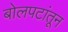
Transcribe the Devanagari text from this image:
बोलपटांतून